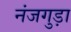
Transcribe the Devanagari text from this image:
नंजगुड़ा